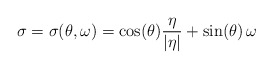
\begin{align*}\sigma = \sigma(\theta,\omega)=\cos(\theta) \frac{\eta}{|\eta|} + \sin (\theta)\, \omega\end{align*}